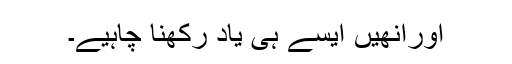
اورانھیں ایسے ہی یاد رکھنا چاہیے۔